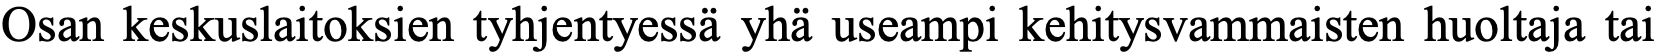
Osan keskuslaitoksien tyhjentyessä yhä useampi kehitysvammaisten huoltaja tai